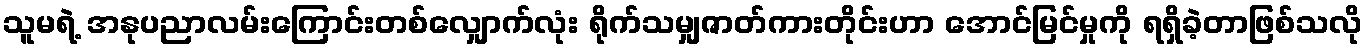
သူမရဲ့ အနုပညာလမ်းကြောင်းတစ်လျှောက်လုံး ရိုက်သမျှဇာတ်ကားတိုင်းဟာ အောင်မြင်မှုကို ရရှိခဲ့တာဖြစ်သလို